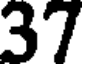
37